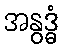
အနွဒ္ဓံ